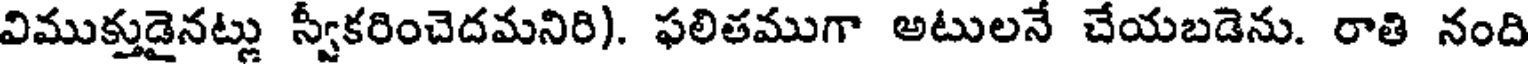
విముక్తుడైనట్లు స్వీకరించెదమనిరి). ఫలితముగా అటులనే చేయబడెను. రాతి నంది